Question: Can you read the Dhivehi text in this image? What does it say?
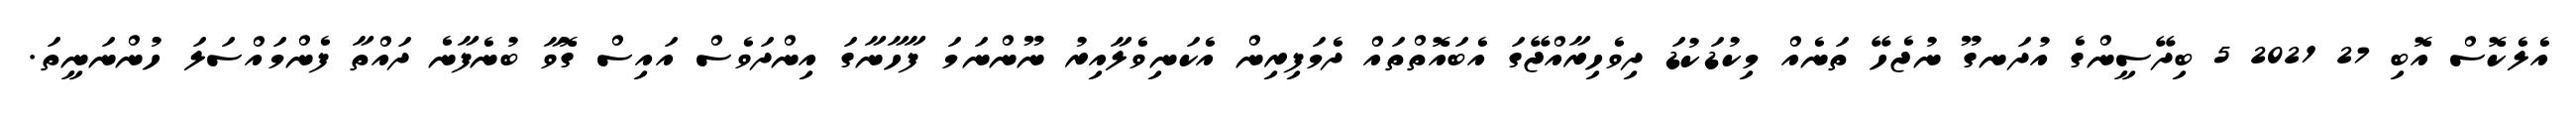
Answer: އެލެކޮސް އޮބި 27 2021 5 ބިދޭސީންގެ އުދަނގޫ ނުޖެހޭ ތަނެއް މިކުޑަކުޑަ ދިވެހިރާއްޖޭގަ އެބައޮތްތައް ދެމަފިރިން އެކަނިވެލާއިރު ނޫންނަމަ ފާހާނާގަ އިންދަވެސް އައިސް ގޮވާ ބުނެފާނެ ދައްތާ ފެންމައްސަލަ ހުންނަނީތަ.